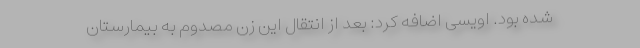
شده بود. اویسی اضافه کرد: بعد از انتقال این زن مصدوم به بیمارستان